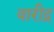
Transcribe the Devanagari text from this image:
वारीद्र